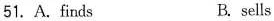
51.A.find B. sells